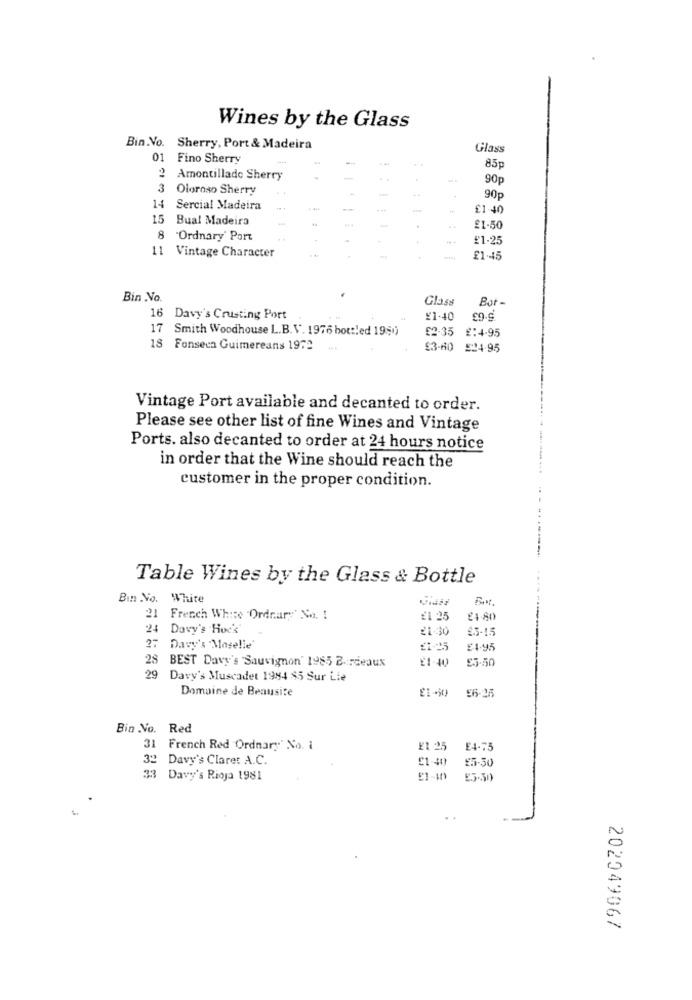
Wines by the Glass
Bin.No. Sherry, Port & Madeira
Glass
01 Fino Sherry
85p
2 Amontillado Sherry
90p
3 Oloroso Sherry
90p
14 Sercial Madeira
£1-40
15 Bual Madeira
£1-50
8 Ordnary' Port
£1-25
11 Vintage Character
£1-45
Bin No.
Glass
Bot-
16
Davy's Crusting Port
¥1.40
17 Smith Woodhouse L.B.V. 1976 bottled 1950
£2-35
£:4-95
18 Fonseca Guimereans 1972
£3-60 524.95
Vintage Port available and decanted to order.
Please see other list of fine Wines and Vintage
Ports. also decanted to order at 24 hours notice
in order that the Wine should reach the
customer in the proper condition.
Table Wines by the Glass & Bottle
Bin No. White
21 French White Ordrary No. :
21.25
£1.80
24 Davy's Hock
21.30
£5-15
27
Davy's Moselle
21-25
£1.95
28
BEST Davy's "Sauvignon' 1985 Bordeaux
£1-40
£5.50
29
Davy's Muscadet 1984 85 Sur Lie
Domaine de Beausite
Bin No. Red
31 French Red Ordnary' No. i
£1 25
E4.75
32 Davy's Claret A.C.
£1-40
£5-30
33 Davy's Rioja 1981
202049067